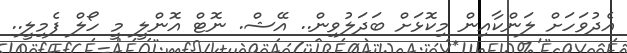
އެދުވަހަށް ލަންކާއިން މިކޮޅަށް ބަދަލުވިން.. އޭޝް. ނޮޓް އޮންލީ މީ ހޯލް ފެމިލީ..